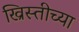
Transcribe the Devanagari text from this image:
ख्रिस्तीच्या